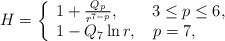
\begin{align*}H= \left\{\begin{array}{l} 1 + \frac{Q_p}{r^{7 - p}}, \qquad 3 \le p \le 6,\\ 1 - Q_7\, {\rm ln}\,r, \quad p = 7, \end{array}\right. \end{align*}